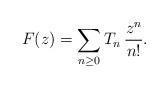
LaTeX: \begin{align*}F(z)=\sum_{n\ge0}T_{n}\,{z^n\over n!}.\end{align*}